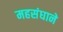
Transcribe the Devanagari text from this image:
महसंघाने